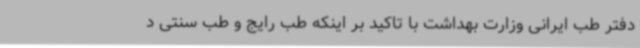
دفتر طب ایرانی وزارت بهداشت با تاکید بر اینکه طب رایج و طب سنتی د